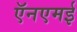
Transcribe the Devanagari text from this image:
ऍनएमई